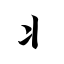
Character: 丬